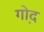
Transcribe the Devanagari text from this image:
गो़द